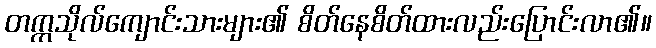
တက္ကသိုလ်ကျောင်းသားများ၏ စိတ်နေစိတ်ထားလည်းပြောင်းလာ၏။